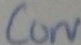
Text: control